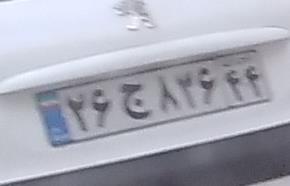
۲۶ج۸۳۶۴۴